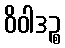
ဝိဝါဒဉ္စ